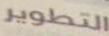
التطوير